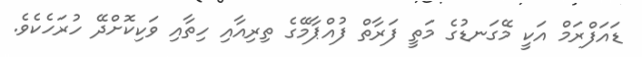
ޑައަފްރަމް އަކީ މޭގަނޑުގެ މަތީ ފަރާތް ފުއްޕާމޭގެ ތިރިއާއި ހިތާއި ވަކިކޮށްދޭ ހުރަހެކެވެ.